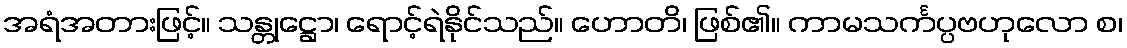
အရံအတားဖြင့်။ သန္တုဋ္ဌော၊ ရောင့်ရဲနိုင်သည်။ ဟောတိ၊ ဖြစ်၏။ ကာမသင်္ကပ္ပဗဟုလော စ၊